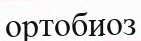
ортобиоз